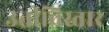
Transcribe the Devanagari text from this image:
उतीविस्तार